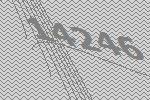
14246